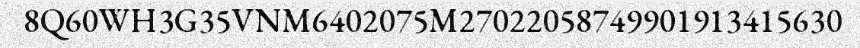
8Q60WH3G35VNM6402075M27022058749901913415630